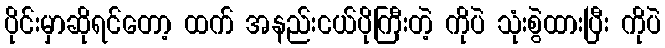
ပိုင်းမှာဆိုရင်တော့ ထက် အနည်းငယ်ပိုကြီးတဲ့ ကိုပဲ သုံးစွဲထားပြီး ကိုပဲ